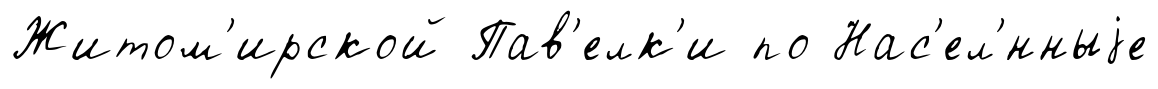
Житом'ирской Пав'елк'и по Нас'ел'́нныjе